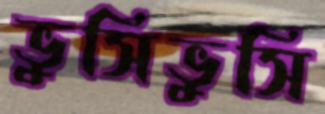
ভুসিভুসি